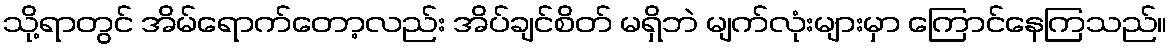
သို့ရာတွင် အိမ်ရောက်တော့လည်း အိပ်ချင်စိတ် မရှိဘဲ မျက်လုံးများမှာ ကြောင်နေကြသည်။